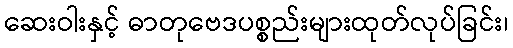
ဆေးဝါးနှင့် ဓာတုဗေဒပစ္စည်းများထုတ်လုပ်ခြင်း၊